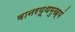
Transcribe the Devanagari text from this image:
वानरयूथमुख्यं